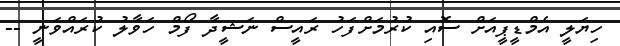
ހިޔަލީ އެމްޑީޕީއަށް ސޮއި ކުރުމަށްފަހު ރައީސް ނަޝީދާ ފޯމް ހަވާލު ކުރައްވަނީ --